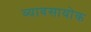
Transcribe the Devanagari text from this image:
व्यावसायोक